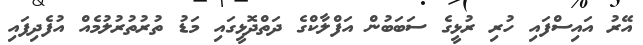
އޭރު އައިސްފައި ހުރި ރުޅީގެ ސަބަބުން އަފްލާކްގެ ދަތްދޮޅީގައި މަޑު ތުރުތުރުލުމެއް އުފެދިފައި